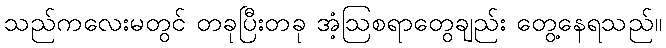
သည်ကလေးမတွင် တခုပြီးတခု အံ့ဩစရာတွေချည်း တွေ့နေရသည်။